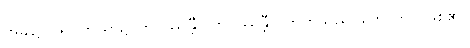
အခါ၌၊ ဝါ- ကြိယာ၌၊ ဘဝိဿန္တီ- ဘဝိဿန္တီ ဝိဘတ်သည်၊ ဟောတိ- ဖြစ်၏။